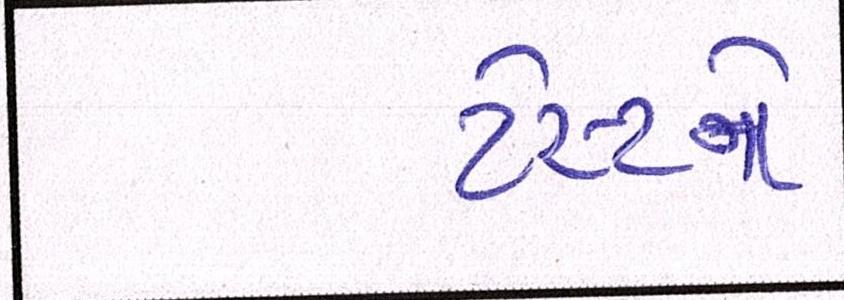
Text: ટેસ્ટને